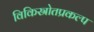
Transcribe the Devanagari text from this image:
विकिस्रोतप्रकल्प